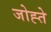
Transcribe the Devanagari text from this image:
जोह्ते